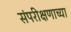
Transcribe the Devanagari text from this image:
संपरीक्षणाच्या